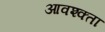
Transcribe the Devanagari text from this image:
आवश्क्ता